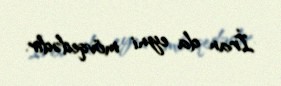
İran da eyni mövqedədir.